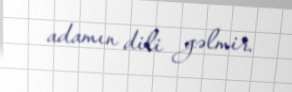
adamın dili gəlmir.